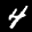
Label: 4